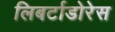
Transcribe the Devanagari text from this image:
लिबर्टाडोरेस